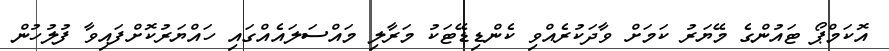
އޮކަމްޕޯ ޓައުންގެ މޭޔަރު ކަމަށް ވާދަކުރެއްވި ކެންޑިޑޭޓަކު މަރާލި މައްސަލައެއްގައި ހައްޔަރުކޮށްފައިވާ ފުލުހުން